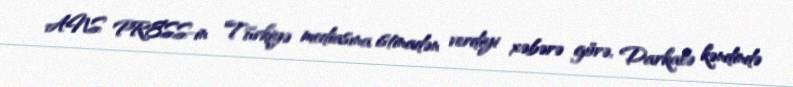
ANS PRESS-in Türkiyə mediasına istinadən verdiyi xəbərə görə, Darkalə kəndində